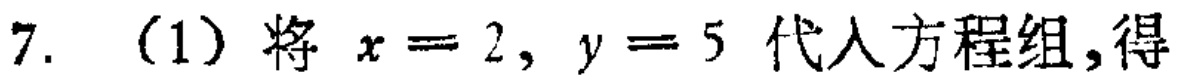
7. （1）将 \(x = 2, y = 5\) 代入方程组,得